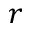
r